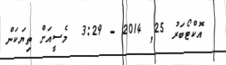
އޮކްޓޯބަރު 25